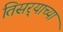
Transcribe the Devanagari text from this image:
तिसर्‍याच्या